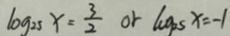
\log _ { 2 s } x = \frac { 3 } { 2 } o r \log _ { 2 s } x = - 1